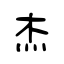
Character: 杰